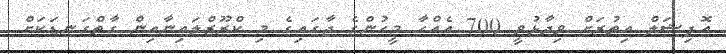
އޮފިޝަލް އިތުރަށް ވިދާޅުވީ 700 އެއްހާ މީހުންގެ ޖާގައިގެ މި ކްރޫޒްލައިނާއިން ގާތްގަނޑަކަށް